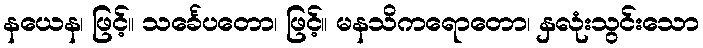
နယေန၊ ဖြင့်။ သင်္ခေပတော၊ ဖြင့်။ မနသိကရောတော၊ နှလုံးသွင်းသော